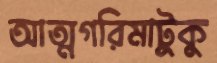
আত্মগরিমাটুকু